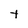
Character: t